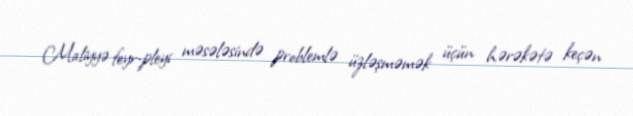
Maliyyə feyr-pleyi məsələsində problemlə üzləşməmək üçün hərəkətə keçən